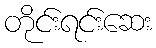
တိုင်းရင်းဆေး